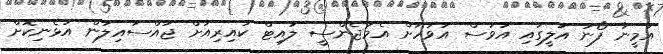
އަމީނާ ފޯނު އަލީގައި އަވަސް އަވަހަށް އެމަޖެންސީ ލައިޓް ކައިރިއަށް ޖައްސައިލަން އުޅެނިކޮށް